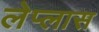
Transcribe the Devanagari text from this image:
लेप्लास